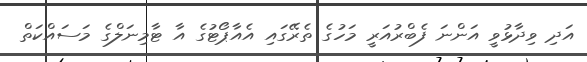
އަދި ވިދާޅުވީ އަންނަ ފެބްރުއަރީ މަހުގެ ތެރޭގައި އެއާޕޯޓުގެ އާ ޓާމިނަލްގެ މަސައްކަތް